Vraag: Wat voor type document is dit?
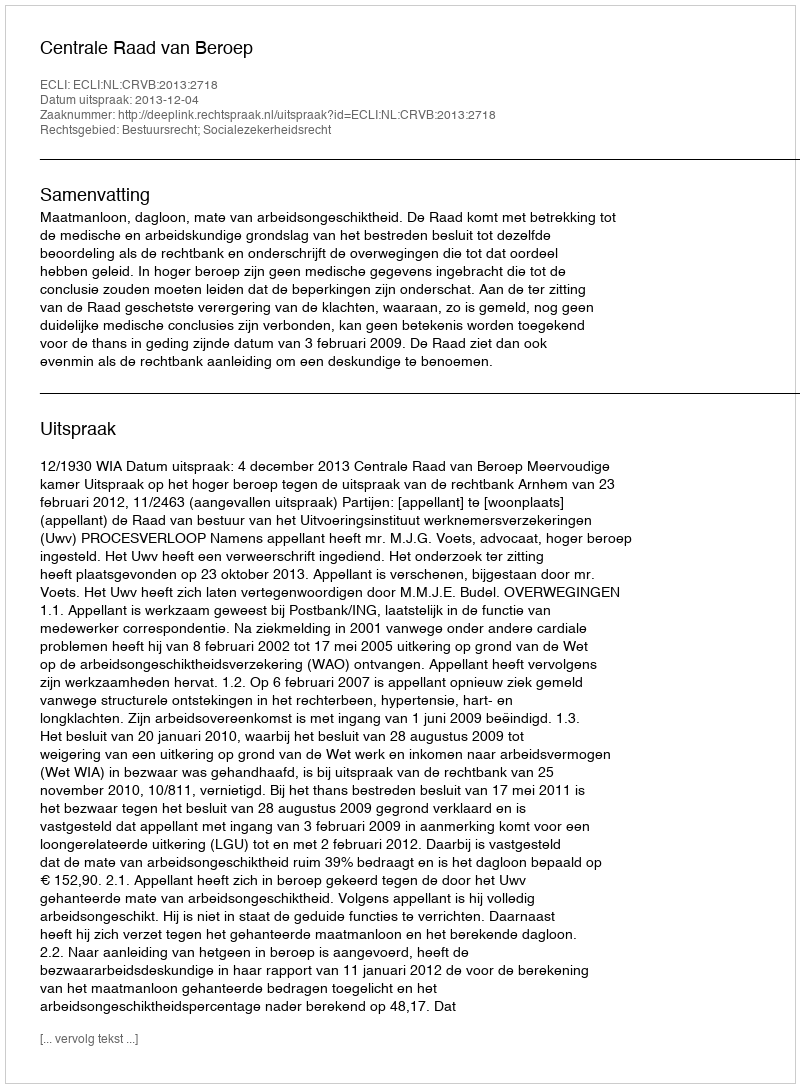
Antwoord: Uitspraak